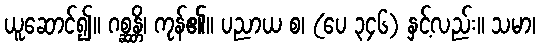
ယူဆောင်၍။ ဂစ္ဆန္တိ၊ ကုန်၏။ ပညာယ စ၊ (ပေ ၃၄၆) နှင့်လည်း။ သမာ၊